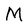
Character: M